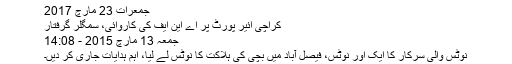
جمعرات 23 مارچ 2017
کراچی ائیر پورٹ پر اے این ایف کی کاروائی، سمگلر گرفتار
جمعہ 13 مارچ 2015 - 14:08
نوٹس والی سرکار کا ایک اور نوٹس، فیصل آباد میں بچی کی ہلاکت کا نوٹس لے لیا، اہم ہدایات جاری کر دیں۔